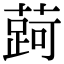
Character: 𬞐